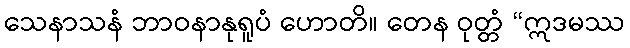
သေနာသနံ ဘာဝနာနုရူပံ ဟောတိ။ တေန ဝုတ္တံ “ဣဒမဿ